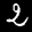
Label: 2